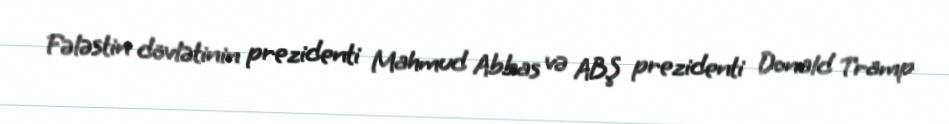
Fələstin dövlətinin prezidenti Mahmud Abbas və ABŞ prezidenti Donald Tramp